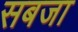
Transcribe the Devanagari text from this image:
सबजा